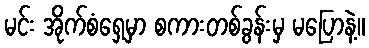
မင်း အိုက်စံရှေ့မှာ စကားတစ်ခွန်းမှ မပြောနဲ့။